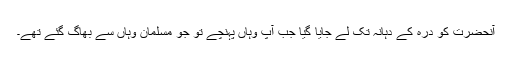
آنحضرت کو درہ کے دہانہ تک لے جایا گیا جب آپ وہاں پہنچے تو جو مسلمان وہاں سے بھاگ گئے تھے۔